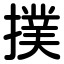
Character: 撲